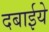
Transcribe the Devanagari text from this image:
दबाईये